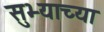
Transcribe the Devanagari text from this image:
सुभ्याच्या